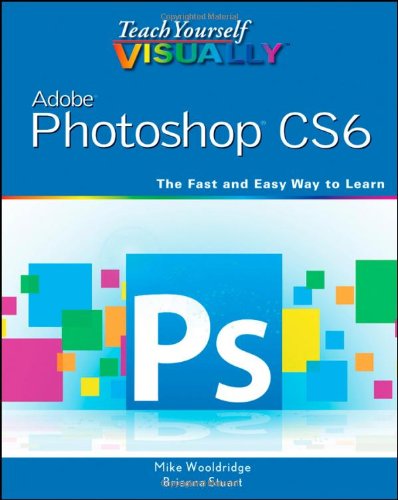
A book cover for Teach Yourself VISUALLY Adobe Photoshop CS6; Mike Wooldridge; Computers & Technology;